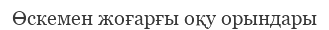
Өскемен жоғарғы оқу орындары